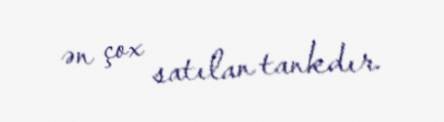
ən çox satılan tankdır.